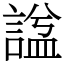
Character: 諡